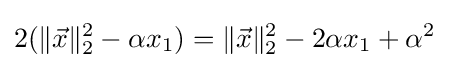
2(\|{\vec {x}}\|_{2}^{2}-\alpha x_{1})=\|{\vec {x}}\|_{2}^{2}-2\alpha x_{1}+\alpha ^{2}